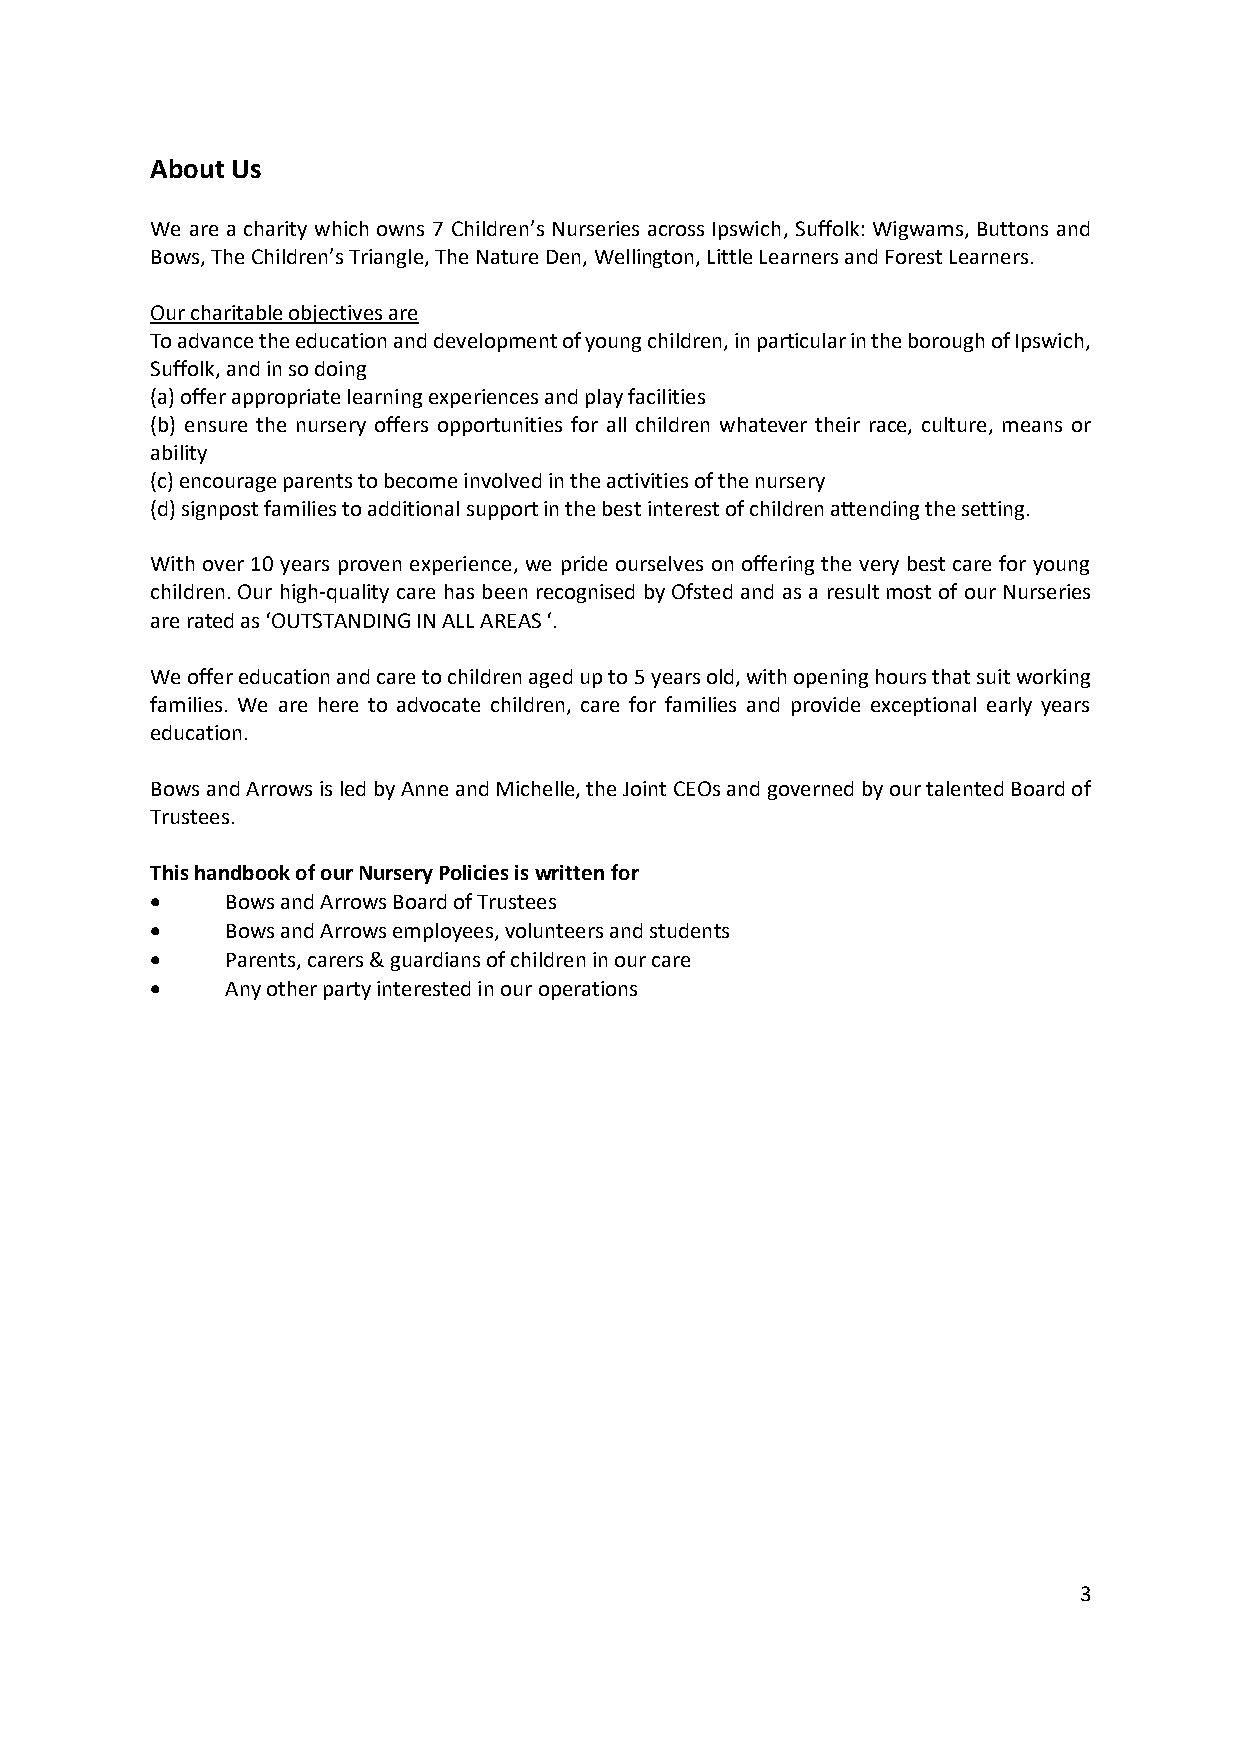
About Us
 We are a charity which owns 7 Children’s Nurseries across Ipswich, Suffolk: Wigwams, Buttons and
 Bows, The Children’s Triangle, The Nature Den, Wellington, Little Learners and Forest Learners.
 Our charitable objectives are
 To advance the education and development of young children, in particular in the borough of Ipswich,
 Suffolk, and in so doing
 (a) offer appropriate learning experiences and play facilities
 (b) ensure the nursery offers opportunities for all children whatever their race, culture, means or
 ability
 (c) encourage parents to become involved in the activities of the nursery
 (d) signpost families to additional support in the best interest of children attending the setting.
 With over 10 years proven experience, we pride ourselves on offering the very best care for young
 children. Our high-quality care has been recognised by Ofsted and as a result most of our Nurseries
 are rated as ‘OUTSTANDING IN ALL AREAS ‘.
 We offer education and care to children aged up to 5 years old, with opening hours that suit working
 families. We are here to advocate children, care for families and provide exceptional early years
 education.
 Bows and Arrows is led by Anne and Michelle, the Joint CEOs and governed by our talented Board of
 Trustees.
 This handbook of our Nursery Policies is written for
 •    Bows and Arrows Board of Trustees
 •    Bows and Arrows employees, volunteers and students
 •    Parents, carers & guardians of children in our care
 •    Any other party interested in our operations
 3